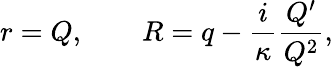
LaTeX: r=Q,\qquad R=q-\frac{i}{\kappa}\frac{Q^{\prime}}{Q^{2}},